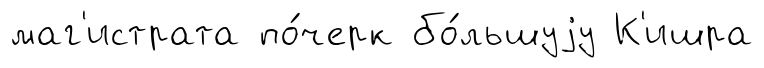
маг'истрата по́черк бо́льшуjу К'ишра